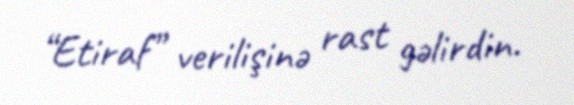
“Etiraf” verilişinə rast gəlirdin.